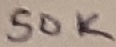
Text: 50K